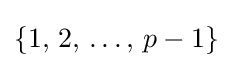
\{1,\,2,\,\dots ,\,p-1\}